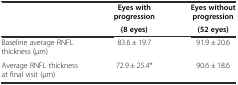
<table><thead><tr><td></td><td><b>Eyes with progression</b></td><td><b>Eyes without progression</b></td></tr><tr><td></td><td><b>(8 eyes)</b></td><td><b>(52 eyes)</b></td></tr></thead><tbody><tr><td>Baseline average RNFL thickness (μm)</td><td>83.6 ± 19.7</td><td>91.9 ± 20.6</td></tr><tr><td>Average RNFL thickness at final visit (μm)</td><td>72.9 ± 25.4*</td><td>90.6 ± 18.6</td></tr></tbody></table>